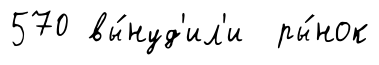
570 вы́нуд'ил'и ры́нок